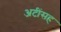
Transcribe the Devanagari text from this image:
अटींसह